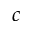
c